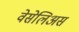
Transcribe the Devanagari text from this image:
वेसेलिअस